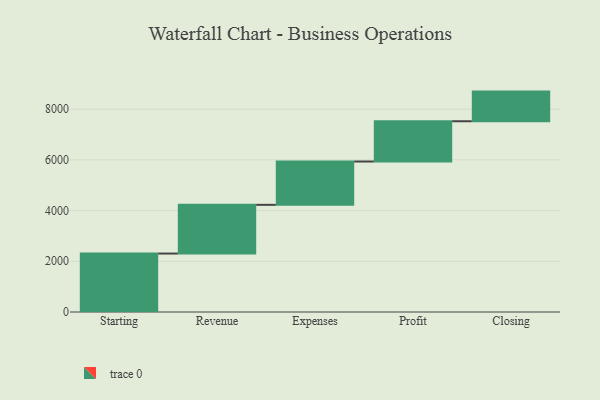
{"axis": {"x": "Step", "y": "Value"}, "legend": [""], "data": [{"x": "Starting", "y": 2305.0, "type": ""}, {"x": "Revenue", "y": 1921.0, "type": ""}, {"x": "Expenses", "y": 1709.0, "type": ""}, {"x": "Profit", "y": 1588.0, "type": ""}, {"x": "Closing", "y": 1169.0, "type": ""}]}